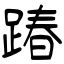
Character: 踳